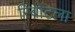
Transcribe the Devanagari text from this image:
रिबोटला